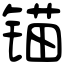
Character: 锚